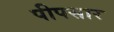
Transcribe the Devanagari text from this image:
पीपसार